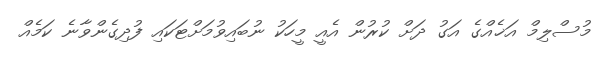
މުސްލިމް އަޚެއްގެ އަގު ދަށް ކުރުން އެއީ މީހަކު ނުބައިވުމަށްޓަކައި ފުދިގެންވާނެ ކަމެއް